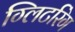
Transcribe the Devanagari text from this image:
ग्लिटरिंग